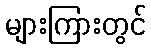
များကြားတွင်